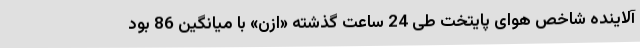
آلاینده شاخص هوای پایتخت طی 24 ساعت گذشته «ازن» با میانگین 86 بود